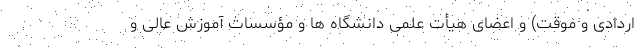
اردادی و موقت) و اعضای هیأت علمی دانشگاه­ ها و مؤسسات آموزش عالی و